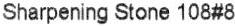
SHARPENING STONE 108#8